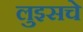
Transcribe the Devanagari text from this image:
लुइसचे